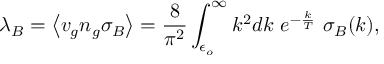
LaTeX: \lambda _ { B } = \left< v _ { g } n _ { g } \sigma _ { B } \right> = { \frac { 8 } { \pi ^ { 2 } } } \int _ { \epsilon _ { o } } ^ { \infty } k ^ { 2 } d k \ e ^ { - { \frac { k } { T } } } \ \sigma _ { B } ( k ) ,